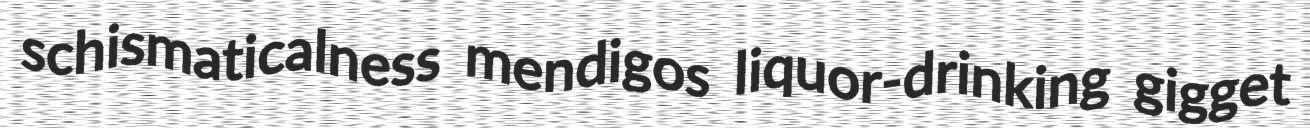
schismaticalness mendigos liquor-drinking gigget